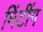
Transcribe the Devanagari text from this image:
मिंटींग